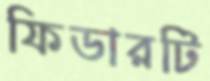
ফিডারটি